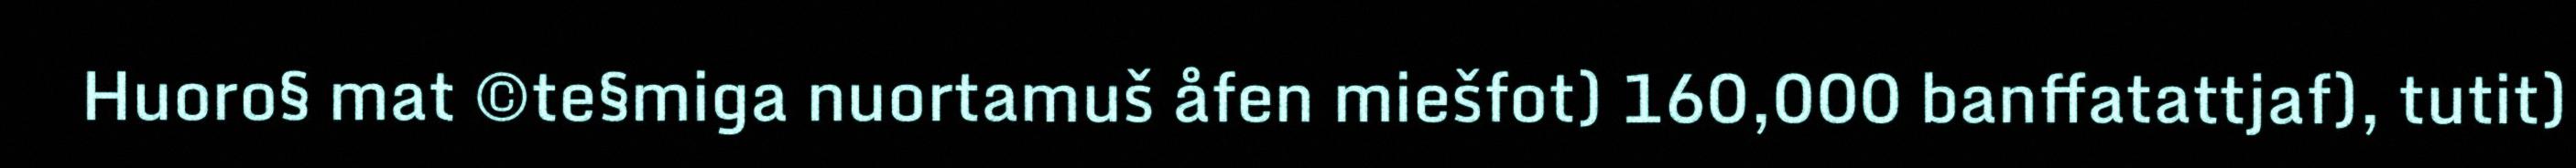
Huoro§ mat ©te§miga nuortamuš åfen miešfot) 160,000 banffatattjaf), tutit)